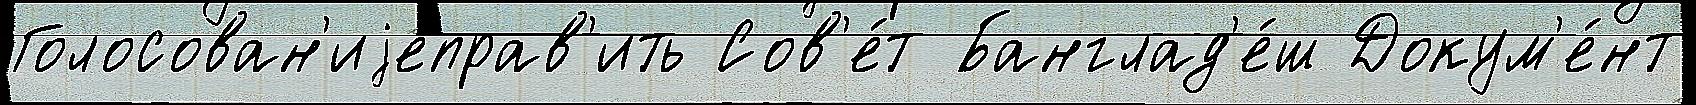
Голосован'иjеправ'ить Сов'е́т Банглад'е́ш Докум'е́нт